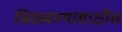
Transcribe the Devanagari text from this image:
मिळवण्यासाठीच